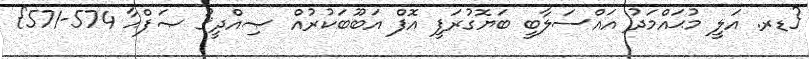
{ޑރ. އަލީ މުޙައްމަދު އައްސަލާބީ ބަޔޮގުރަފީ އޮފް އަބޫބަކުރުއް ޞިއްދީޤު ޞަފްޙާ 574-571}